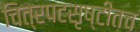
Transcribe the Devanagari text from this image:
चित्रपटसृष्टीतच